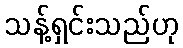
သန့်ရှင်းသည်ဟု